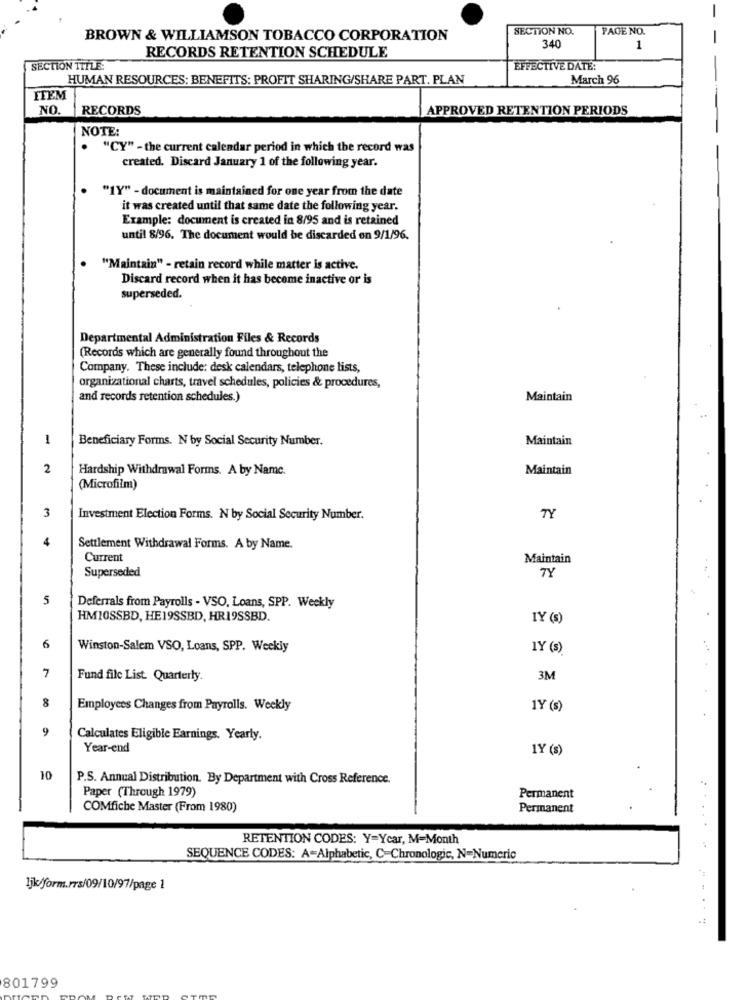
SECTION NO.
PAGE NO.
BROWN & WILLIAMSON TOBACCO CORPORATION
340
1
RECORDS RETENTION SCHEDULE
SECTION ITTLE:
EFFECTIVE DATE:
HUMAN RESOURCES: BENEFITS: PROFIT SHARING/SHARE PART. PLAN
March 96
FFEM
NO
RECORDS
APPROVED RETENTION PERIODS
NOTE:
.
"CY" - the current calendar period in which the record was
created. Discard January 1 of the following year.
"1Y" - document is maintained for one year from the date
it was created until that same date the following year.
Example: document is created in 8/95 and is retained
until 8/96. The document would be discarded on 9/1/96.
"Maintain" - retain record while matter is active.
Discard record when it has become inactive or is
superseded.
Departmental Administration Files & Records
(Records which are generally found throughout the
Company. These include: desk calendars, telephone lists,
organizational charts, travel schedules, policies & procedures,
and records retention schedules.)
Maintain
1
Beneficiary Forms. N by Social Security Number.
Maintain
2
Hardship Withdrawal Forms. A by Name.
Maintain
(Microfilm)
3
TY
Investment Election Forms. N by Social Security Number.
4
Settlement Withdrawal Forms. A by Name.
Current
Maintain
Superseded
TY
5
Deferrals from Payrolls - VSO, Loans, SPP. Weekly
HMIOSSBD, HE19SSBD, HR19SSBD.
IY (s)
6
Winston-Salem VSO, Loans, SPP. Weekly
IY (s)
7
Fund file List. Quarterly.
3M
8
Employees Changes from Payrolls. Weekly
1Y (s)
9
Calculates Eligible Earnings. Yearly.
Year-end
1Y (s)
10
P.S. Annual Distribution. By Department with Cross Reference.
Paper (Through 1979)
Permanent
COMfiche Master (From 1980)
Permanent
RETENTION CODES: Y=Ycar, M=Month
SEQUENCE CODES: A=Alphabetic, C-Chronologic, N=Numeric
ljk/form.rrs/09/10/97/page 1
..
801799